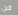
قبل